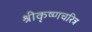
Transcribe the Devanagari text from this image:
श्रीकृष्णचरित्र